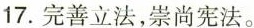
17.完善立法，崇尚宪法。